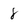
Character: 8